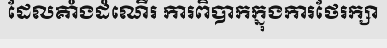
ដែលគាំងដំណើរ ការពិបាកក្នុងការថែរក្សា